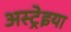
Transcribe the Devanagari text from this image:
अस्ट्रेइया